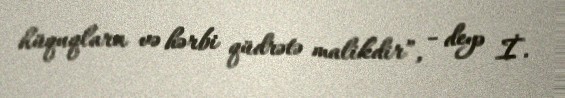
hüquqlara və hərbi qüdrətə malikdir”, - deyə İ.